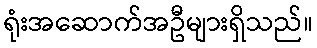
ရုံးအဆောက်အဦများရှိသည်။